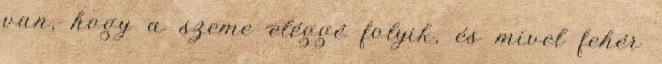
van, hogy a szeme eléggé folyik, és mivel fehér